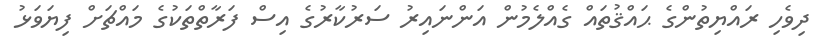
ދިވެހި ރައްޔިތުންގެ ޙައްޤުތައް ގެއްލެމުން އަންނައިރު ސަރުކާރުގެ އިސް ފަރާތްތަކުގެ މައްޗަށް ފިޔަވަޅު